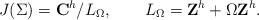
LaTeX: \begin{align*}J(\Sigma)={\bf C}^h/L_\Omega,\qquad L_\Omega={\bf Z}^h+\Omega {\bf Z}^h.\end{align*}